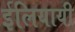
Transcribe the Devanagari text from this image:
ईलियायी